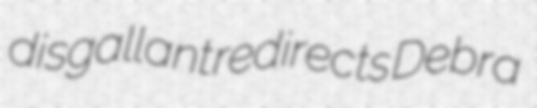
disgallant redirects Debra